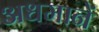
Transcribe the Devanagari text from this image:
अधमानें